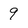
Character: 9